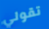
تقولي